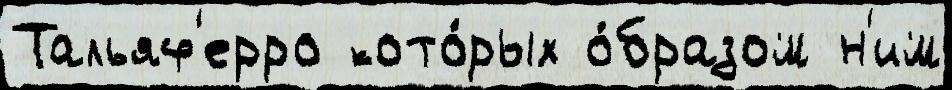
Тальяф'ерро кото́рых о́бразом н'им